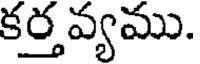
కర్త వ్యము.